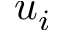
u _ { i }